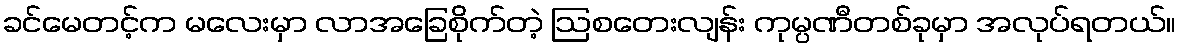
ခင်မေတင့်က မလေးမှာ လာအခြေစိုက်တဲ့ ဩစတေးလျန်း ကုမ္ပဏီတစ်ခုမှာ အလုပ်ရတယ်။